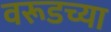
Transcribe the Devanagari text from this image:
वरूडच्या